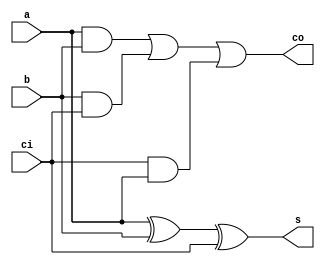
// full fadder
module full_adder (a,b,ci,s,co);	// dataflow style
	input a,b,ci;	// input a,b,carry_in
	output s,co;	// output sum,carry_out
	assign co = a&b | b&ci | ci&a;
	assign s = (a^b)^ci;
endmodule

// module full_adder_behavioral (a,b,ci,s,co); // behavioral style
// module full_adder_be// 	input a,b,ci;
// module full_adder_be// 	output s,co;
// module full_adder_be// 	assign {s,co} = {0'b0,a}+{0'b0,b}+{0'b0,ci};
// module full_adder_be// endmodule